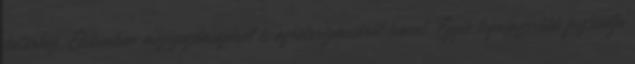
határhoz. Elsősorban mezőgazdaságáról és agroturizmusáról ismert. Egyik legnépszerűbb fesztiválja